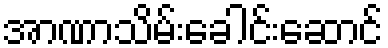
အာဏာသိမ်းခေါင်းဆောင်